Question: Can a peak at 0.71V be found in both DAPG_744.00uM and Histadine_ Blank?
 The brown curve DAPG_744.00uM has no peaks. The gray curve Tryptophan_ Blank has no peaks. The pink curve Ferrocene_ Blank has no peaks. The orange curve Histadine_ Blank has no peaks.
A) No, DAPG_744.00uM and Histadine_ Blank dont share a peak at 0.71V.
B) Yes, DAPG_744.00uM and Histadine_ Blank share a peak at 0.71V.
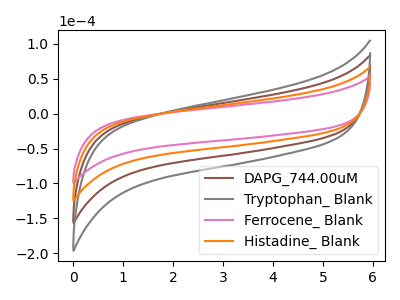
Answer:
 <answer>A) No, "DAPG_744.00uM" and "Histadine_ Blank" dont share a peak at 0.71V.</answer>
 <eval>A</eval>